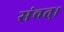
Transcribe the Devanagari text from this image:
संवत्‌।